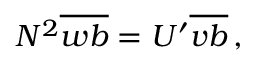
N ^ { 2 } \overline { { w b } } = U ^ { \prime } \overline { { v b } } \, ,